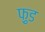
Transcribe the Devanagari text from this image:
फ़ु़ड